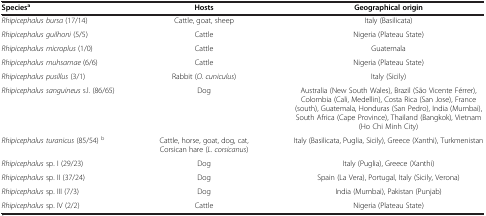
| Speciesa | Hosts | Geographical origin |
 | --- | --- | --- |
 | Rhipicephalus bursa (17/14) | Cattle, goat, sheep | Italy (Basilicata) |
 | Rhipicephalus guilhoni (5/5) | Cattle | Nigeria (Plateau State) |
 | Rhipicephalus microplus (1/0) | Cattle | Guatemala |
 | Rhipicephalus muhsamae (6/6) | Cattle | Nigeria (Plateau State) |
 | Rhipicephalus pusillus (3/1) | Rabbit (O. cuniculus) | Italy (Sicily) |
 | Rhipicephalus sanguineus s.l. (86/65) | Dog | Australia (New South Wales), Brazil (São Vicente Férrer), Colombia (Cali, Medellin), Costa Rica (San Jose), France (south), Guatemala, Honduras (San Pedro), India (Mumbai), South Africa (Cape Province), Thailand (Bangkok), Vietnam (Ho Chi Minh City) |
 | Rhipicephalus turanicus (85/54) b | Cattle, horse, goat, dog, cat, Corsican hare (L. corsicanus) | Italy (Basilicata, Puglia, Sicily), Greece (Xanthi), Turkmenistan |
 | Rhipicephalus sp. I (29/23) | Dog | Italy (Puglia), Greece (Xanthi) |
 | Rhipicephalus sp. II (37/24) | Dog | Spain (La Vera), Portugal, Italy (Sicily, Verona) |
 | Rhipicephalus sp. III (7/3) | Dog | India (Mumbai), Pakistan (Punjab) |
 | Rhipicephalus sp. IV (2/2) | Cattle | Nigeria (Plateau State) |